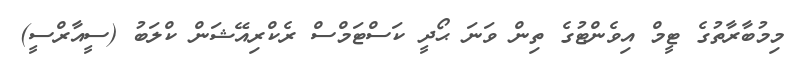
މިމުބާރާތުގެ ޓީމް އިވެންޓުގެ ތިން ވަނަ ޙޯދީ ކަސްޓަމްސް ރެކްރިއޭޝަން ކްލަބު (ސީއާރްސީ)